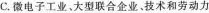
C.微电子工业、大型联合企业、技术和劳动力